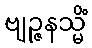
ဗျဉ္ဇနသ္မိံ